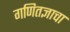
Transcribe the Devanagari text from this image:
गणितज्ञाचा